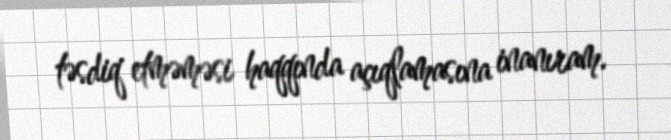
təsdiq etməməsi haqqında açıqlamasına inanıram.